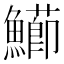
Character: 𩼚